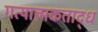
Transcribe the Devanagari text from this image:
गत्यात्मकताद्ध